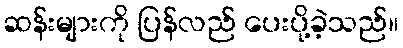
ဆန်းများကို ပြန်လည် ပေးပို့ခဲ့သည်။